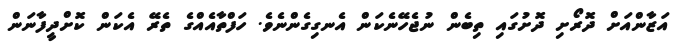
އަޒާންއަށް ދޮރޯށި ދޮށުގައި ތިބެން ނުޖެހޭނެކަން އެނގިގެންނެވެ. ހަފްތާއެއްގެ ތެރޭ އެކަން ކޮށްދީފާނަން